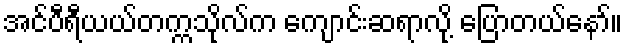
အင်ပီရီယယ်တက္ကသိုလ်က ကျောင်းဆရာလို့ ပြောတယ်နော်။